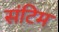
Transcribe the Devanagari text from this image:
संटिम